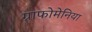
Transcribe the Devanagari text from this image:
ग्राफोमेनिया